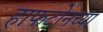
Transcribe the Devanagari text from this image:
हाफटोनच्या